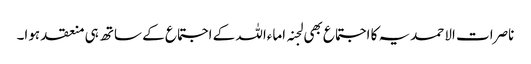
ناصرات الاحمدیہ کا اجتماع بھی لجنہ اماءاللہ کے اجتماع کے ساتھ ہی منعقد ہوا۔